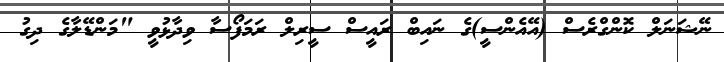
ނޭޝަނަލް ކޮންގްރެސް (އޭއެންސީ)ގެ ނައިބް ރައީސް ސީރިލް ރަމަފޯސާ ވިދާޅުވީ "މަންޑޭލާގެ ދިގު